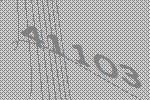
41103